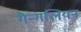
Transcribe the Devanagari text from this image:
गैन्गलियन